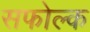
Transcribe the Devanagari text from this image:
सफोल्क